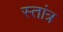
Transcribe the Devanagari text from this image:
स्तांत्र